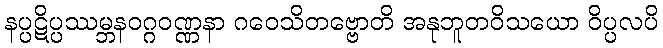
နပ္ပဋိပ္ပဿမ္ဘနဝဂ္ဂဝဏ္ဏနာ ဂဝေသိတဗ္ဗောတိ အနုဘူတဝိသယော ဝိပ္ပလပိ